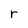
Character: r